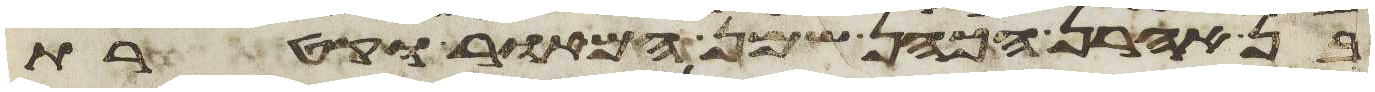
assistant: בן אהרן הכהן שמן המאור וקטרת